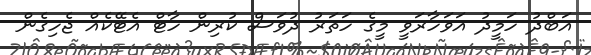
އަބްދު ހަމީދު އަވަހާރަވީ މީގެ ހަތަރު ދުވަސް ކުރިން ހާޓް އެޓޭކެއް ޖެހިގެން